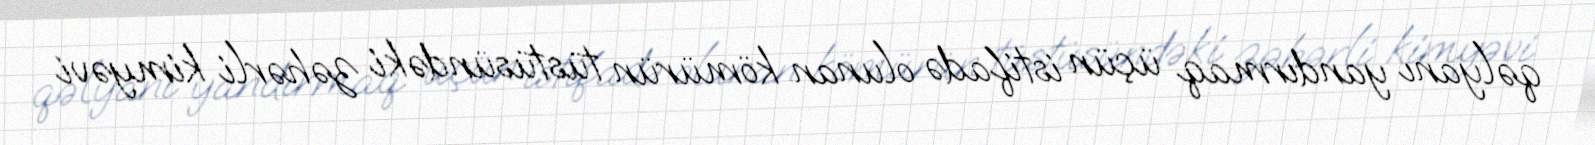
qəlyanı yandırmaq üçün istifadə olunan kömürün tüstüsündəki zəhərli kimyəvi